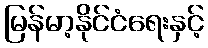
မြန်မာ့နိုင်ငံရေးနှင့်